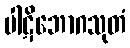
ပါဋိဘောဂသုတံ